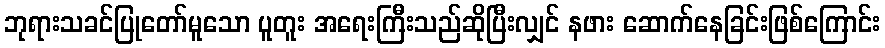
ဘုရားသခင်ပြုတော်မူသော ပူတူး အရေးကြီးသည်ဆိုပြီးလျှင် နဖား ဆောက်နေခြင်းဖြစ်ကြောင်း